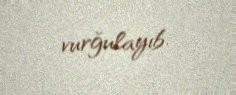
vurğulayıb.